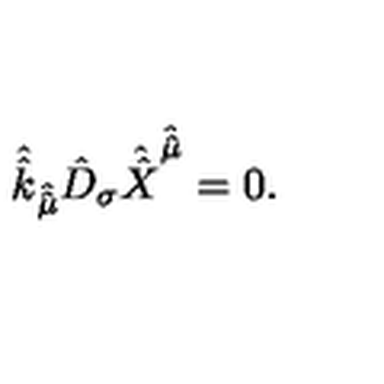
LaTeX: \hat { \hat { k } } _ { \hat { \hat { \mu } } } \hat { D } _ { \sigma } \hat { \hat { X } } ^ { \hat { \hat { \mu } } } = 0 .